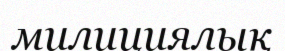
милициялық